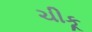
ચીકૂ